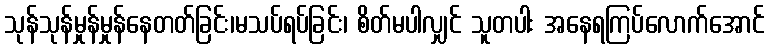
သုန်သုန်မှုန်မှုန်နေတတ်ခြင်း၊မသပ်ရပ်ခြင်း၊ စိတ်မပါလျှင် သူတပါး အနေရကြပ်လောက်အောင်